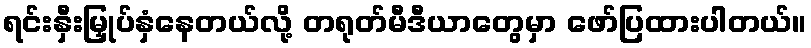
ရင်းနှီးမြှုပ်နှံနေတယ်လို့ တရုတ်မီဒီယာတွေမှာ ဖော်ပြထားပါတယ်။